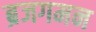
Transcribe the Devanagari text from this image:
ब्रजगमन